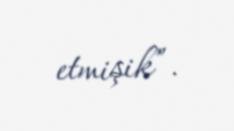
etmişik”.